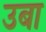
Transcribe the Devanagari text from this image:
उबा